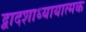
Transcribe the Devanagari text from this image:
द्वादशाध्यायात्मक